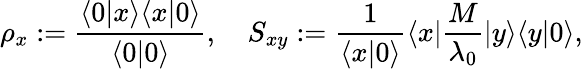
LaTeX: \rho_{x}:=\frac{\langle 0|x\rangle\langle x|0\rangle}{\langle 0|0\rangle},\quad S_{xy}:=\frac{1}{\langle x|0\rangle}\langle x|\frac{M}{\lambda_{0}}|y\rangle\langle y|0\rangle,